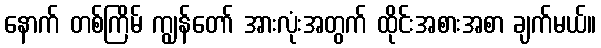
နောက် တစ်ကြိမ် ကျွန်တော် အားလုံးအတွက် ထိုင်းအစားအစာ ချက်မယ်။